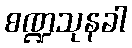
စဏ္ဍသုနခါ